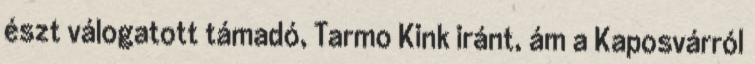
észt válogatott támadó, Tarmo Kink iránt, ám a Kaposvárról